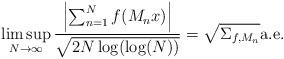
LaTeX: \begin{align*} \limsup_{N\to\infty}\frac{\left|\sum_{n=1}^Nf(M_nx)\right|}{\sqrt{2N\log(\log(N))}}=\sqrt{\Sigma_{f,M_n}} \textnormal{a.e.}\end{align*}